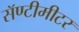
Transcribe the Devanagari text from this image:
सॅण्टीमीटर